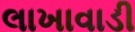
લાખાવાડી